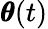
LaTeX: \pmb\theta(t)